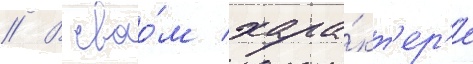
// В своо́м хара́кт'ер'е